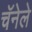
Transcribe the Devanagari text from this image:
चॅनेले